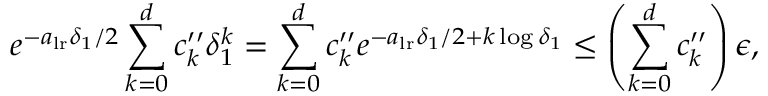
e ^ { - a _ { \mathrm { l r } } \delta _ { 1 } / 2 } \sum _ { k = 0 } ^ { d } c _ { k } ^ { \prime \prime } \delta _ { 1 } ^ { k } = \sum _ { k = 0 } ^ { d } c _ { k } ^ { \prime \prime } e ^ { - a _ { \mathrm { l r } } \delta _ { 1 } / 2 + k \log \delta _ { 1 } } \leq \left( \sum _ { k = 0 } ^ { d } c _ { k } ^ { \prime \prime } \right) \epsilon ,